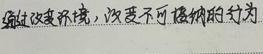
通过改变环境，改变不可接纳的行为